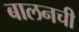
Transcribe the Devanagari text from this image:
बालनची